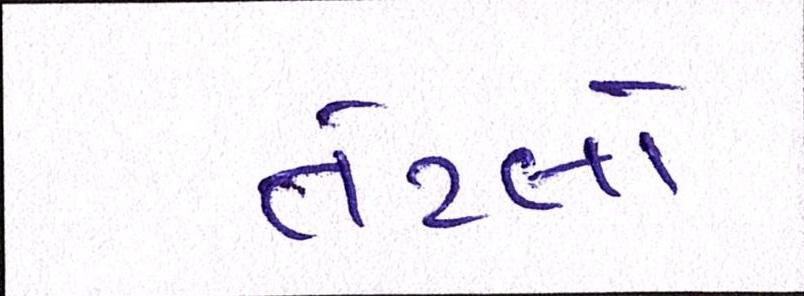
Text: તેટલો